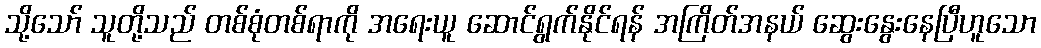
သို့သော် သူတို့သည် တစ်စုံတစ်ရာကို အရေးယူ ဆောင်ရွက်နိုင်ရန် အကြိတ်အနယ် ဆွေးနွေးနေပြီဟူသော